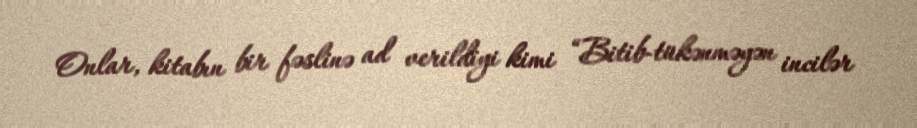
Onlar, kitabın bir fəslinə ad verildiyi kimi “Bitib-tükənməyən incilər